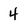
Character: 4